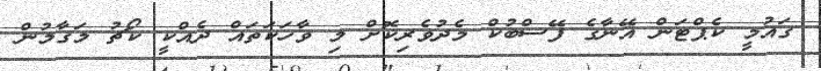
ގައުމީ ކެޕްޓަން އޭނާގެ ފޭސްބުކް މެދުވެރިކޮށް މި ވާހަކަތައް ދެއްކީ ކޯޗު މަގާމުން